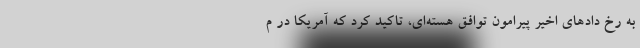
به رخ دادهای اخیر پیرامون توافق هسته‌ای، تاکید کرد که آمریکا در م